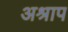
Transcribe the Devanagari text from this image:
अश्राप